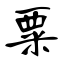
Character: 粟